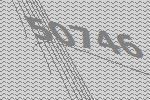
50746